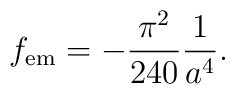
f_{\rm em}=-{\pi^2\over 240}{1\over a^4}.